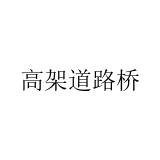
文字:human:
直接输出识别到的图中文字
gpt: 高架道路桥